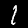
Digit: 1